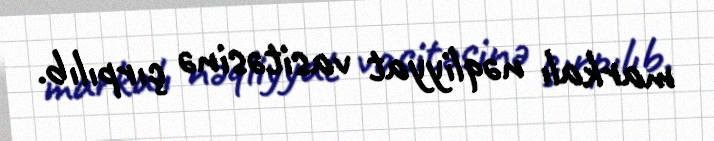
markalı nəqliyyat vasitəsinə çırpılıb.